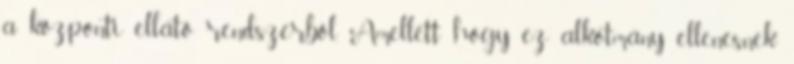
a központi ellátó rendszerből. Amellett hogy ez alkotmány ellenesnek